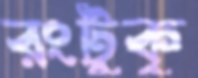
রংটুকু